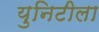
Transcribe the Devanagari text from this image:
युनिटीला